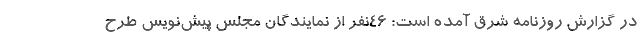
در گزارش روزنامه شرق آمده است: ۴۶نفر از نمایندگان مجلس پیش‌نویس طرح